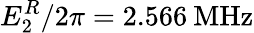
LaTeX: E_{2}^{R}/2\pi=2.566\: \mathrm{MHz}